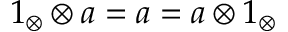
1 _ { \otimes } \otimes a = a = a \otimes 1 _ { \otimes }